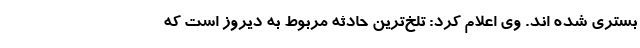
بستری شده اند. وی اعلام کرد: تلخ‌ترین حادثه مربوط به دیروز است که